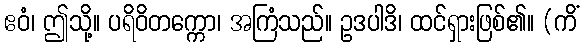
ဧဝံ၊ ဤသို့။ ပရိဝိတက္ကော၊ အကြံသည်။ ဥဒပါဒိ၊ ထင်ရှားဖြစ်၏။ (ကိံ